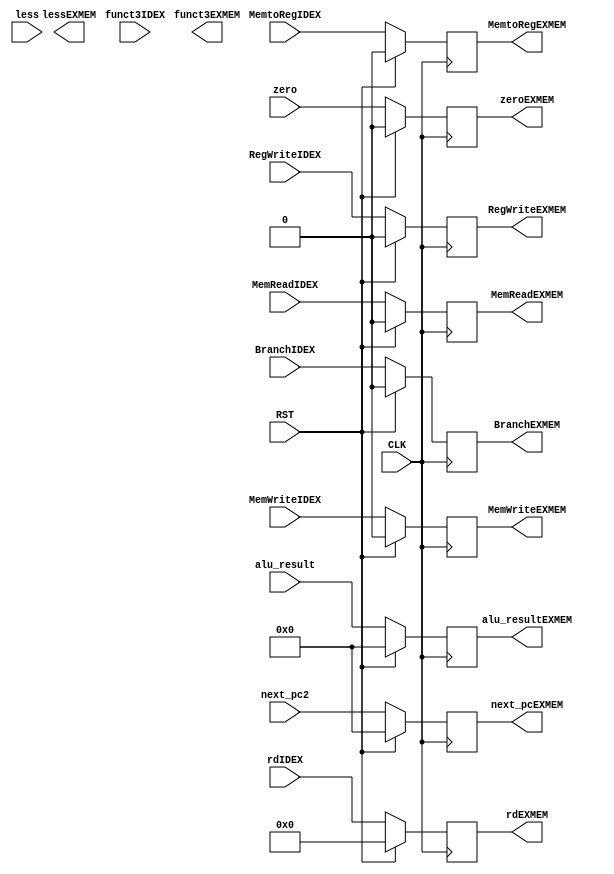
module EX_MEM
(
    input CLK,RST, 
    input [63:0] next_pc2, 
    input [4:0] rdIDEX,
    input MemtoRegIDEX, RegWriteIDEX, BranchIDEX, MemWriteIDEX, MemReadIDEX, less, 
    input [2:0] funct3IDEX, 
    input zero, 
    input [63:0] alu_result,
    output reg [63:0] next_pcEXMEM, 
    output reg [4:0] rdEXMEM, 
    output reg MemtoRegEXMEM, RegWriteEXMEM, BranchEXMEM, MemWriteEXMEM, MemReadEXMEM, zeroEXMEM, 
    output reg [63:0] alu_resultEXMEM, 
    output reg lessEXMEM, 
    output reg [4:0] funct3EXMEM);
    
    always@(posedge CLK)
	begin
	  if(RST == 1'b0)
        begin
          next_pcEXMEM = next_pc2;
          alu_resultEXMEM = alu_result;
          MemtoRegEXMEM =  MemtoRegIDEX;
          RegWriteEXMEM = RegWriteIDEX;
          BranchEXMEM = BranchIDEX;
          MemWriteEXMEM = MemWriteIDEX;
          MemReadEXMEM = MemReadIDEX;
          rdEXMEM = rdIDEX;
          zeroEXMEM = zero;
        end
	  else
        begin
          next_pcEXMEM = 0;
          alu_resultEXMEM = 0;
          MemtoRegEXMEM =  0;
          RegWriteEXMEM = 0;
          BranchEXMEM = 0;
          MemWriteEXMEM = 0;
          MemReadEXMEM = 0;
          rdEXMEM = 0;
          zeroEXMEM = 0;
        end
	end
    

endmodule